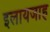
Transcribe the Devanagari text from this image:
इलायजाह